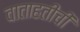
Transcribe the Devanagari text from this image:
वाताहतीची